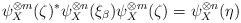
LaTeX: \begin{align*} \psi_X^{\otimes m} (\zeta)^* \psi_X^{\otimes n} (\xi_\beta) \psi_X^{\otimes m} ( \zeta) = \psi_X^{\otimes n} ( \eta)\end{align*}